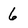
Character: 6